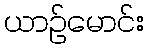
ယာဉ်မောင်း